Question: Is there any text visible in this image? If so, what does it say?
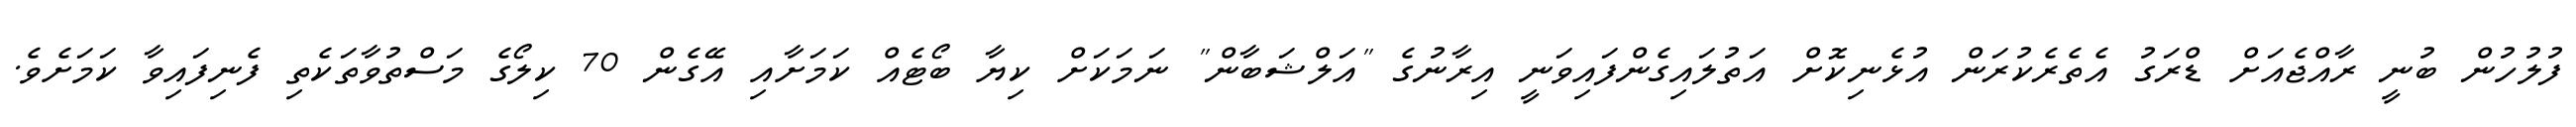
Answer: ފުލުހުން ބުނީ ރާއްޖެއަށް ޑްރަގު އެތެރެކުރަން އުޅެނިކޮށް އަތުލައިގެންފައިވަނީ އިރާނުގެ "އަލްޝަބާން" ނަމަކަށް ކިޔާ ބޯޓެއް ކަމަށާއި އޭގެން 70 ކިލޯގެ މަސްތުވާތަކެތި ފެނިފައިވާ ކަމަށެވެ.